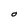
Character: O